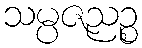
သမ္ပဇညဉ္စ